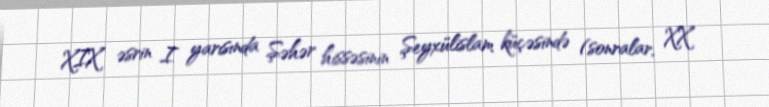
XIX əsrin I yarısında Şəhər hissəsinin Şeyxülislam küçəsində (sonralar, XX